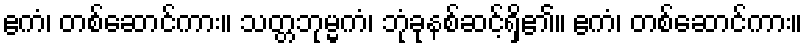
ဧကံ၊ တစ်ဆောင်ကား။ သတ္တဘုမ္မကံ၊ ဘုံခုနစ်ဆင့်ရှိ၏။ ဧကံ၊ တစ်ဆောင်ကား။